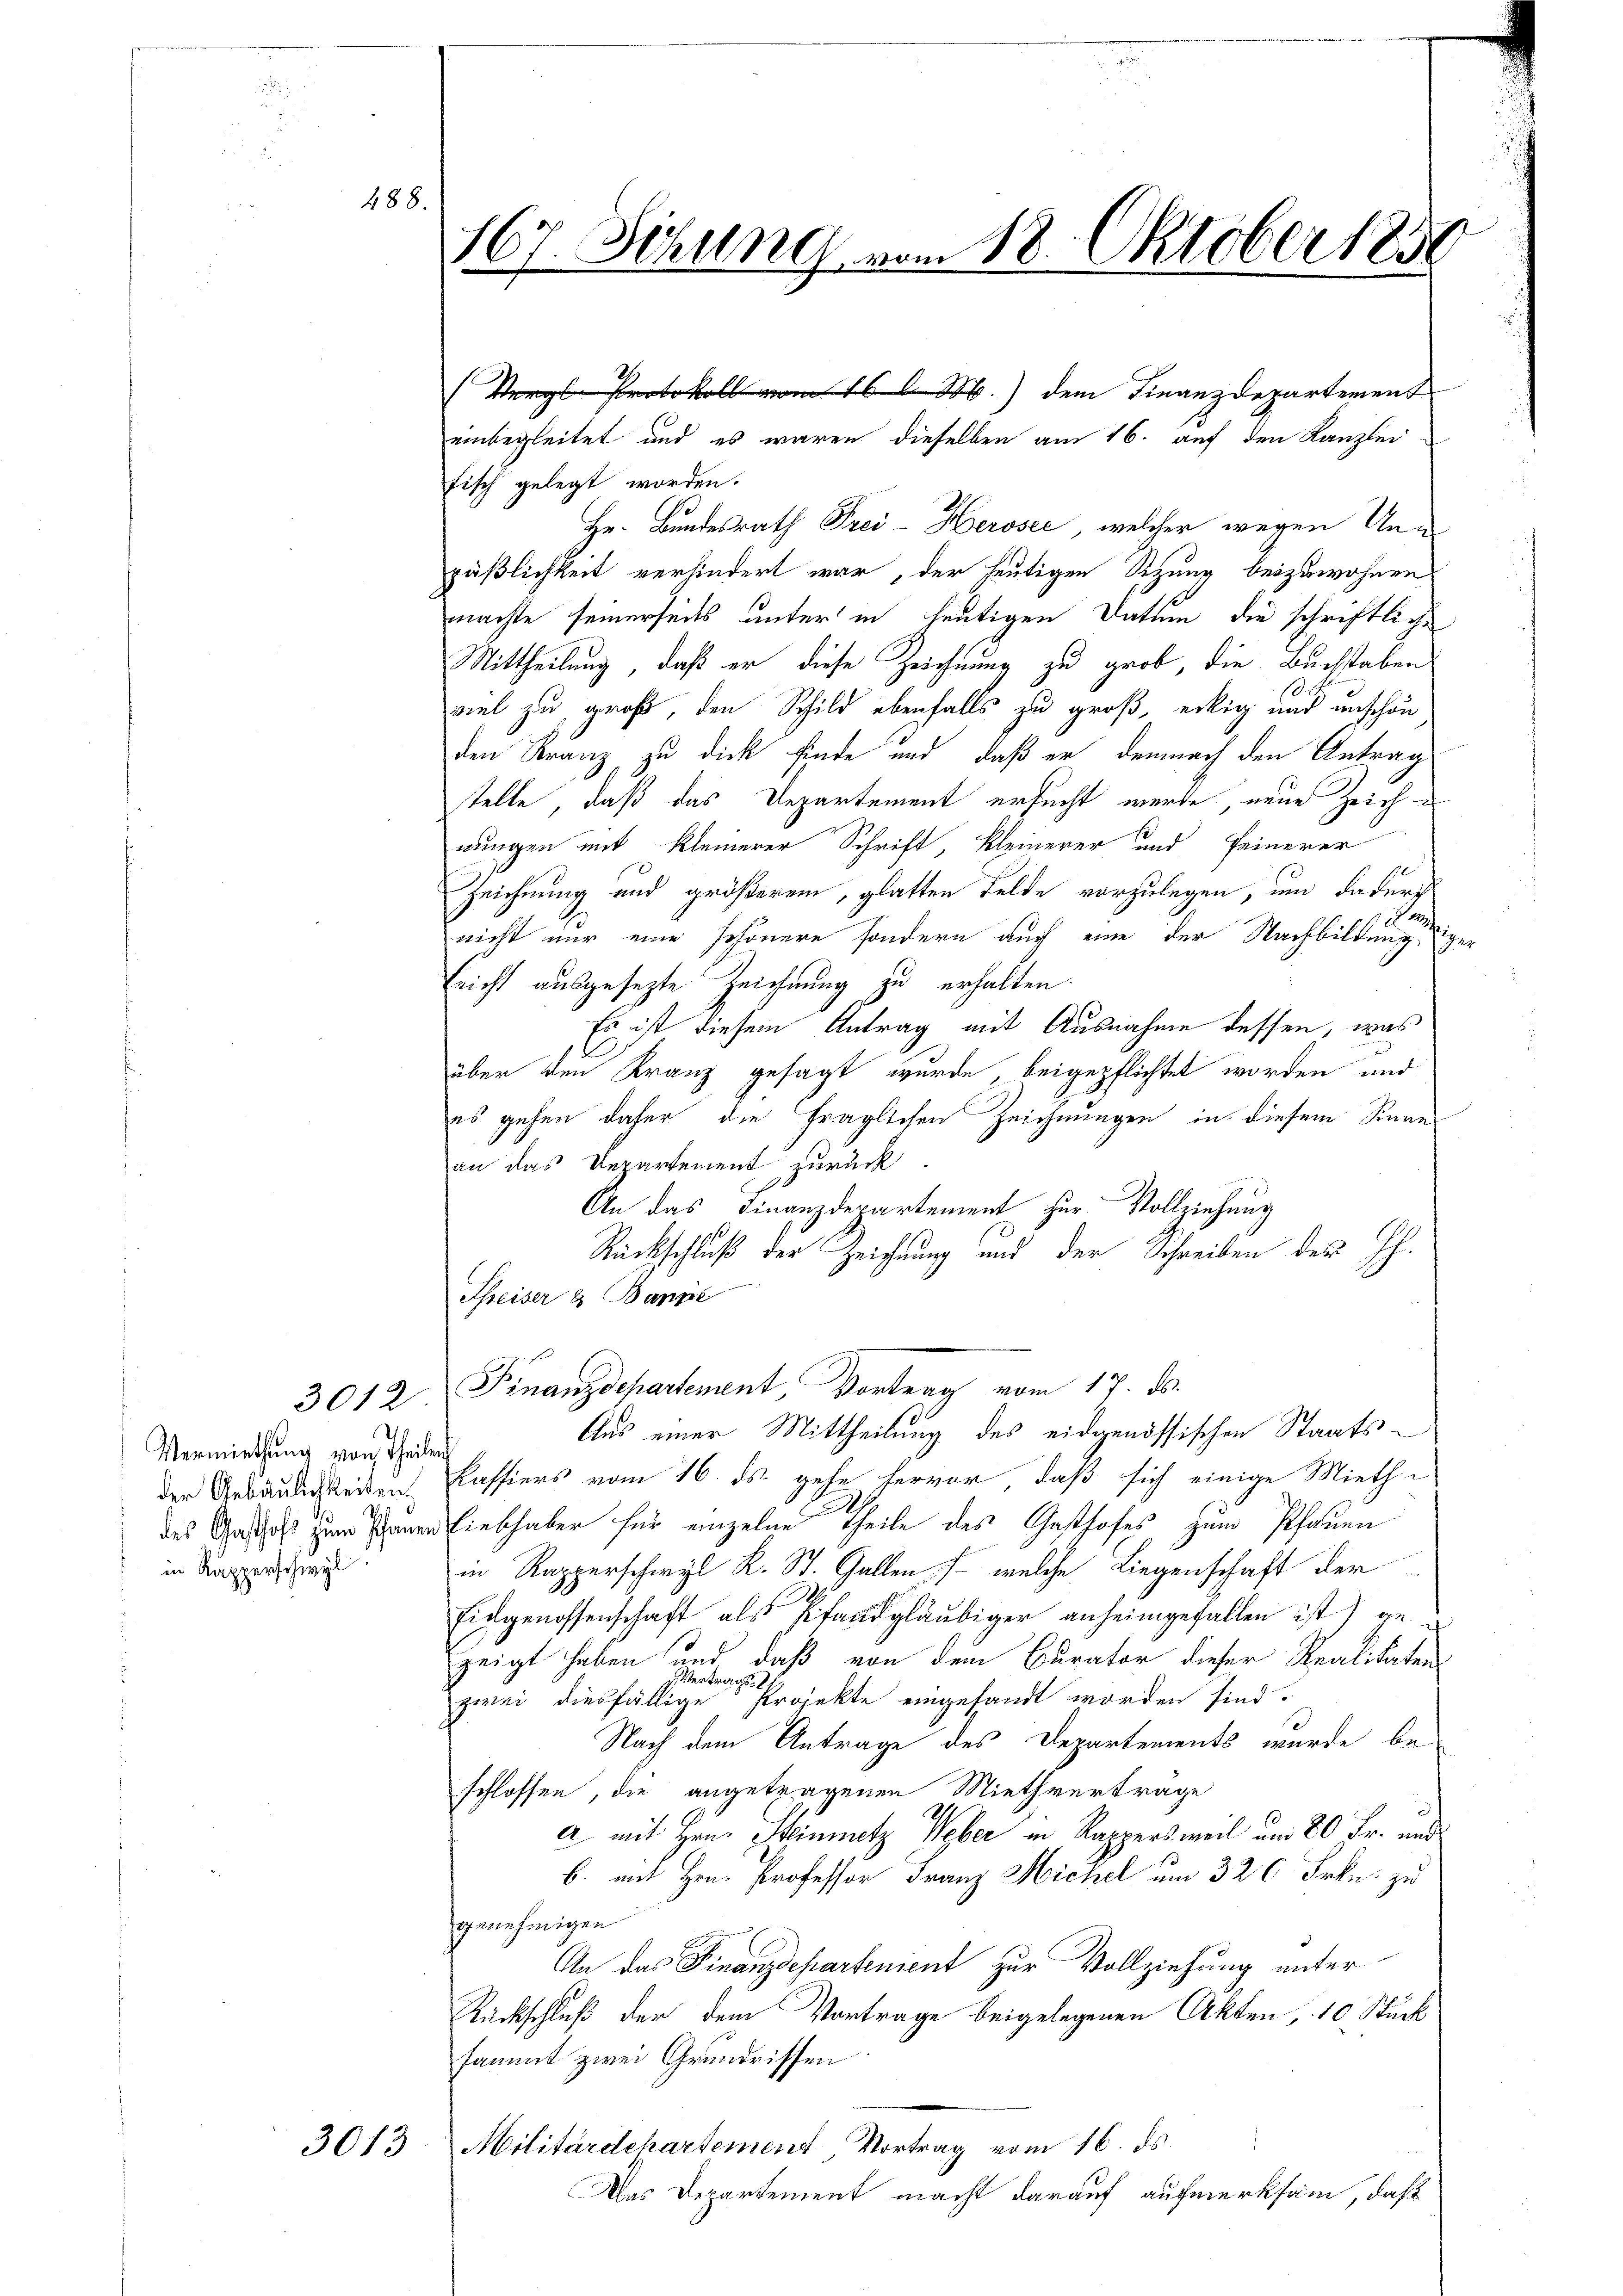
488.

Vermiethung von Theile
der Gebäulichkeiten.
des Gasthofs zum Pfarren
in Kapperschwyl

3012

3013

n
167. Sitzung vom 18. Oktober 1858

einbegleitet und es waren dieselben am 16. auf den Kanzlei
fisch gelegt worden.
Hr. Bundesrath Frei-Herosec, welcher wegen Anpäßlichkeit verhindert war, der heutigen Sitzung beizuwohnen
machte seinerseits unter in heutigen Datum die schriftliche
Mittheilung, daß er diese Zeichnung zu grob, die Buchstaben
viel zu groß, den Schild ebenfalls zu groß, eckig und unschön
den Kranz zu dick finde und daß er demnach den Antrag
stelle, daß das Departement ersucht werde, neue Zeichwungen mit kleinerer Schrift, Kleinerer und feinerer
Zeichnung und größerem, glatten Felde vorzulegen, um dadurch
a
nicht nur eine schönere sondern auch eine der Nachbildung ger
Ericht ausgesezte Zeichnung zu erhalten.
Es ist diesem Antrag mit Ausnahme dessen, was
über den Kranz gesagt wurde, beigepflichtet worden und
es gehen daher die fraglichen Zeichnungen in diesem Sinne
an das Departement zurück.
An das Finanzdepartement zur Vollziehung
Rückschluß der Zeichnung und der Schreiben des H.
Threiser es Bange

(Vergl. Protokoll vom 16 l M.) dem Finanzdepartement

Finanzdepartement, Vortrag vom 17. ds.
Aus einer Mittheilung des eidgenössischen Staats¬

Kassiers vom 16. ds. gehe hervor, daß sich einige Mieth-
liebhaber für einzelne Theile des Gasthofes zum Pfauen
in Rapperschwyl K. St. Gallen. /. welche Liegenschaft der
Eichgenossenschaft als Pfandgläubiger anheimgefallen ist) ge-
zeigt haben und daß von dem Curator dieser Realitaten
z. Vertrags
zwei diesfällige Projekte eingesandt worden sind.
Nach dem Antrage des Departements wurde be-
schlossen die angetragenen Miethvertrage
a mit Hrn. Steinmetz Weber in Rappersweil um 80 Fr. und
b. mit Hrn. Professor Franz Michel um 326 Frkn. zu
genehmigen
An das Finanzdepartement zur Vollziehung unter
Rückschluß der dem Vortrage beigelegenen Akten, 10 Stück
sammt zwei Grundrissen
Militärdekartement, Vortrag vom 16. ds.
Das Departement macht darauf aufmerksam, daß